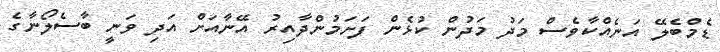
ޑެމްބެލޭ އަނެއްކާވެސް މަދު މަދުން ކުޅެން ފަށަމުންދާއިރު އޭނާއަށް އަދި ވަނީ ބާސެލޯނާގެ